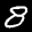
Label: 8